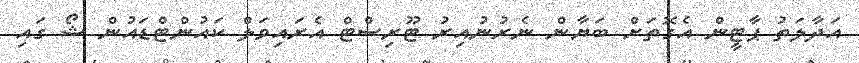
އަދާލަތު ޕާޓީން އެގޮތަށް ބަޔާން ނެރުނުއިރު ޓޫރިސްޓް އެރައިވަލް ކައުންޓްޑައުން ޝޯ ގައި